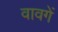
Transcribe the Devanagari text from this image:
वावगें